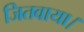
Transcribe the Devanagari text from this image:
जितवाया।